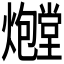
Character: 𪺃